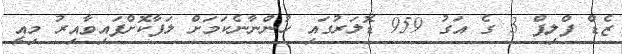
ޒެޑް ފްލިޕް 3 ގެ އަގު 959 ޑޮލަރުގައި ހުންނާނެކަމަށް ލަފާކޮށްފައިވާއިރު މިއީ